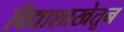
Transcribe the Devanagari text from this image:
विद्याशाखेतून